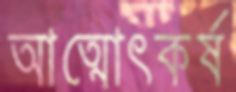
আত্মোৎকর্ষ